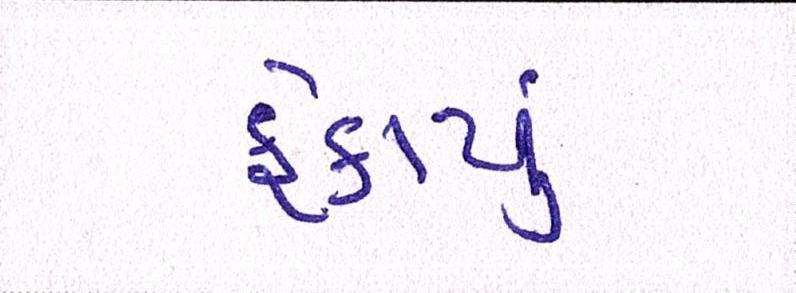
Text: ફેકાયું